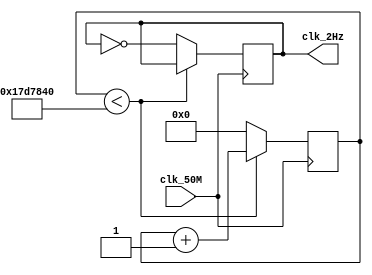
`timescale 1ns / 1ps
//////////////////////////////////////////////////////////////////////////////////
// Company: 
// Engineer: 
// 
// Design Name: 
// Module Name:    clk_gen 
// Project Name: 
// Target Devices: 
// Tool versions: 
// Description: 
//
// Dependencies: 
//
// Revision: 
// Revision 0.01 - File Created
// Additional Comments: 
//
//////////////////////////////////////////////////////////////////////////////////
module clk_gen (clk_50M, clk_2Hz);

	input clk_50M;
	output reg clk_2Hz;
	
	reg [20:0] counter;
	
	initial begin
		counter = 0;
		clk_2Hz = 0;
	end
	
	always @(posedge clk_50M) begin
		if (counter < 25000000) begin
			counter = counter + 1;
		end else begin
			counter = 0;
			clk_2Hz = ~clk_2Hz;
		end
	end

endmodule